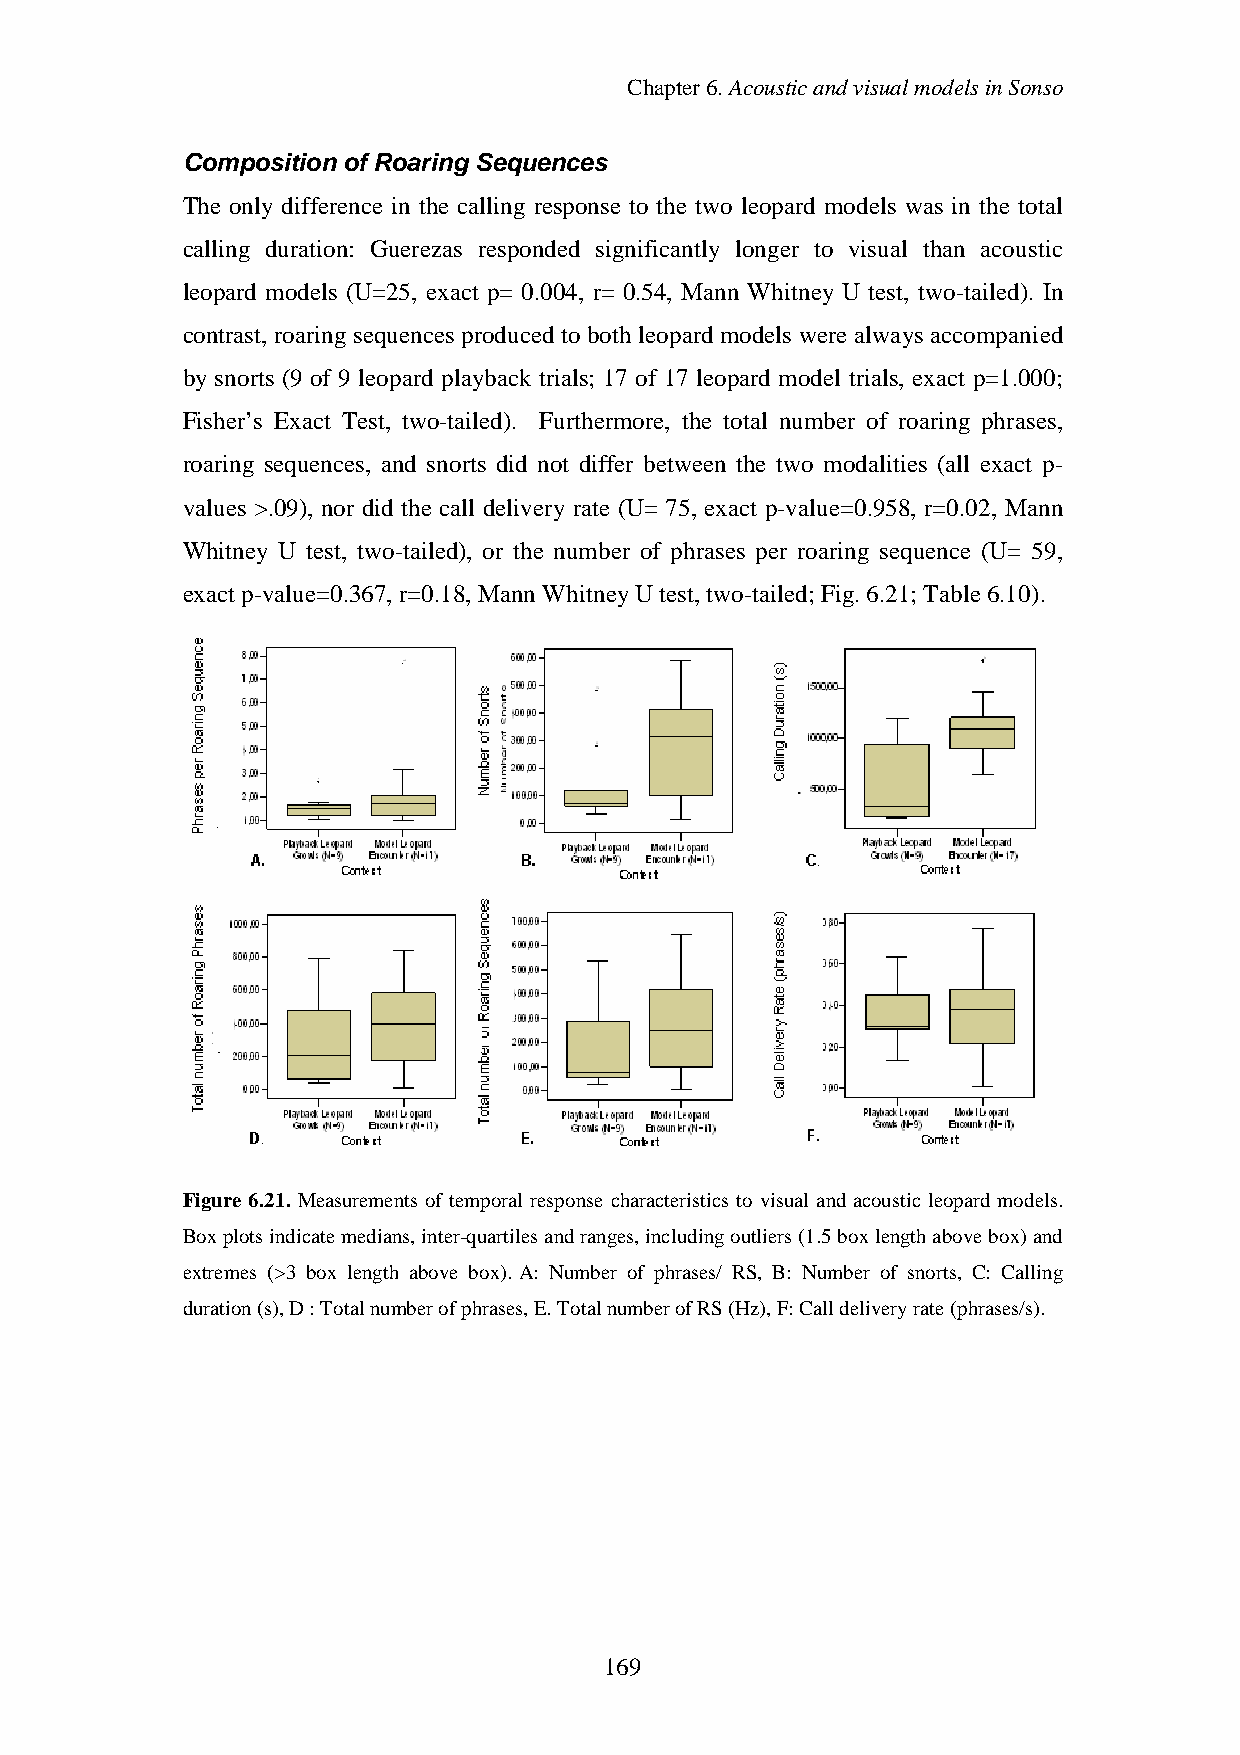
Chapter6.AcousticandvisualmodelsinSonso
 Composition of Roaring Sequences
 The only difference in the calling response to the two leopard models was in the total
 calling duration: Guerezas responded significantly longer to visual than acoustic
 leopard models (U=25, exact p= 0.004, r= 0.54, Mann Whitney U test, two-tailed). In
 contrast, roaring sequences produced to both leopard models were always accompanied
 by snorts (9 of 9 leopard playback trials; 17 of 17 leopard model trials, exact p=1.000;
 Fisher’s Exact Test, two-tailed). Furthermore, the total number of roaring phrases,
 roaring sequences, and snorts did not differ between the two modalities (all exact p-
 values >.09), nor did the call delivery rate (U= 75, exact p-value=0.958, r=0.02, Mann
 Whitney U test, two-tailed), or the number of phrases per roaring sequence (U= 59,
 exact p-value=0.367, r=0.18,MannWhitneyUtest,two-tailed; Fig.6.21; Table6.10).
 Figure 6.21. Measurements of temporal response characteristics to visual and acoustic leopard models.
 Boxplotsindicatemedians,inter-quartilesandranges,includingoutliers(1.5boxlengthabovebox)and
 extremes (>3 box length above box). A: Number of phrases/ RS, B: Number of snorts, C: Calling
 duration(s),D:Totalnumberofphrases,E.TotalnumberofRS(Hz),F:Calldeliveryrate(phrases/s).
 169